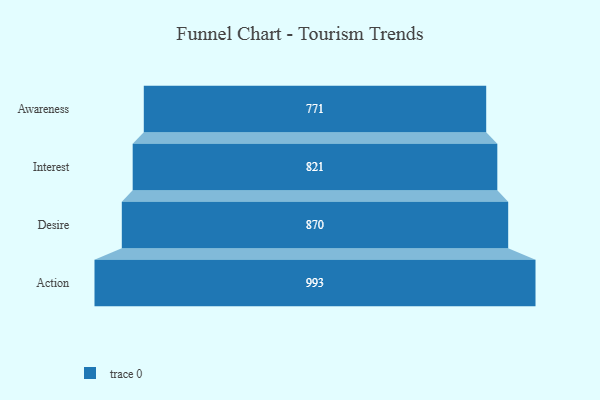
{"axis": {"x": "Stage", "y": "Value"}, "legend": [""], "data": [{"x": "Awareness", "y": 771.0, "type": ""}, {"x": "Interest", "y": 821.0, "type": ""}, {"x": "Desire", "y": 870.0, "type": ""}, {"x": "Action", "y": 993.0, "type": ""}]}